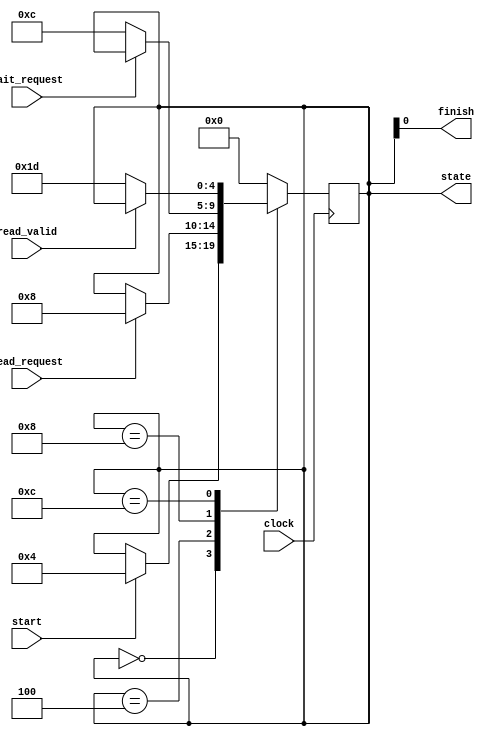
module ipod_fsm_timer(clock, wait_request, read_valid, read_request, start, finish,state); 

input clock, start, read_valid, wait_request, read_request; 
output finish;  


output reg [4:0] state;    

parameter idle = 5'b000_00; 
parameter read_check_state = 5'b001_00; 
parameter read_ready_state = 5'b010_00; 
parameter wait_state = 5'b011_00; 
parameter finished = 5'b111_01; 

assign finish = state[0]; 

always @(posedge clock)
	case(state)   
		
		idle: if(start) state <= read_check_state; 
			
		read_check_state:if(read_request) state <= read_ready_state; //wait for read_request
			
		read_ready_state: if(!wait_request) state <= wait_state; //wait for wait to end
			
		wait_state: if(!read_valid) state <= finished; //wait for read_valid to end
			
		finished: state <= idle;

		default: state <= idle; 
		
	endcase 
	
endmodule